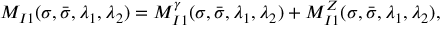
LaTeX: M _ { I 1 } ( \sigma , \bar { \sigma } , \lambda _ { 1 } , \lambda _ { 2 } ) = M _ { I 1 } ^ { \gamma } ( \sigma , \bar { \sigma } , \lambda _ { 1 } , \lambda _ { 2 } ) + M _ { I 1 } ^ { Z } ( \sigma , \bar { \sigma } , \lambda _ { 1 } , \lambda _ { 2 } ) ,